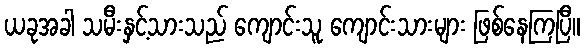
ယခုအခါ သမီးနှင့်သားသည် ကျောင်းသူ ကျောင်းသားများ ဖြစ်နေကြပြီ။